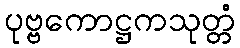
ပုဗ္ဗကောဋ္ဌကသုတ္တံ